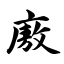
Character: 廒